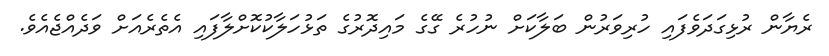
ރެޔާން ރުޅިގަދަވެފައި ހުރިވަރުން ބަލާކަށް ނުހުރެ ގޭގެ މައިދޮރުގެ ތަޅުހަލާކުކޮށްލާފައި އެތެރެއަށް ވަދެއްޖެއެވެ.